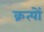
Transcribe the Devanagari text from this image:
क्रत्यों